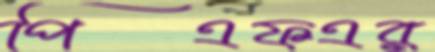
পিএফএর